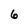
Character: 6